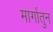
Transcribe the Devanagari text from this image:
मार्गातुन